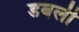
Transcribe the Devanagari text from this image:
डबली